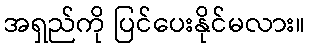
အရှည်ကို ပြင်ပေးနိုင်မလား။